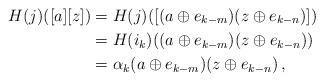
LaTeX: \begin{align*} H(j)([a][z])&=H(j)([(a\oplus e_{k-m})(z\oplus e_{k-n})])\\&=H(i_k)((a\oplus e_{k-m})(z\oplus e_{k-n})) \\&=\alpha_k(a\oplus e_{k-m})(z\oplus e_{k-n})\,,\end{align*}